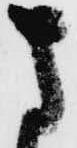
さ